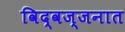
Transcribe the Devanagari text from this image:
विद्वज्जनात